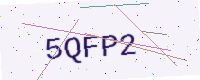
Text: 5QFP2